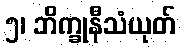
၅၊ ဘိက္ခုနီသံယုတ်